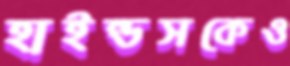
হাইন্ডসকেও